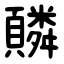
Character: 䫰